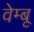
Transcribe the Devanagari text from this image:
वेम्बू